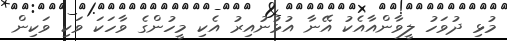
މުޅި ދުވަހު ލީވާންއާއެކު އޭނާ އުޅުނުއިރު އެކި މީހުންގެ ވާހަކަ ވަކި ވަކިން